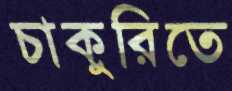
চাকুরিতে